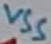
Text: VSS